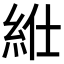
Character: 𥿥